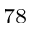
_ { 7 8 }